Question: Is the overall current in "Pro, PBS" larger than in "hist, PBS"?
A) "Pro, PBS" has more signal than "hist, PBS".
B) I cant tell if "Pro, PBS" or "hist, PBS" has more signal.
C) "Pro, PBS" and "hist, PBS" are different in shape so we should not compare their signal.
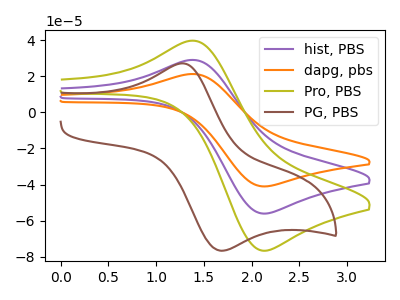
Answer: <think>The purple curve "hist, PBS" has an anodic peak at (1.40V, 29.00uA) and a cathodic peak at (2.10V, -56.15uA). The orange curve "dapg, pbs" has an anodic peak at (1.40V, 58.00uA) and a cathodic peak at (2.10V, -112.25uA). The olive curve "Pro, PBS" has an anodic peak at (1.40V, 39.65uA) and a cathodic peak at (2.10V, -76.75uA). The brown curve "PG, PBS" has an anodic peak at (1.25V, 27.15uA) and a cathodic peak at (1.70V, -76.75uA).
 All the peaks in "Pro, PBS" have a peak in "hist, PBS" at the same potential. Every peak in "Pro, PBS" is higher than every peak in "hist, PBS".</think>
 <answer>A) "Pro, PBS" has more signal than "hist, PBS".</answer>
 <eval>A</eval>